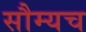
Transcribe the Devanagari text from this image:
सौम्यच